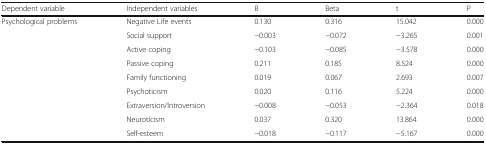
<table><thead><tr><td><b>Dependent variable</b></td><td><b>Independent variables</b></td><td><b>B</b></td><td><b>Beta</b></td><td><b>t</b></td><td><b>P</b></td></tr></thead><tbody><tr><td rowspan="9">Psychological problems</td><td>Negative Life events</td><td>0.130</td><td>0.316</td><td>15.042</td><td>0.000</td></tr><tr><td>Social support</td><td>−0.003</td><td>−0.072</td><td>−3.265</td><td>0.001</td></tr><tr><td>Active coping</td><td>−0.103</td><td>−0.085</td><td>−3.578</td><td>0.000</td></tr><tr><td>Passive coping</td><td>0.211</td><td>0.185</td><td>8.524</td><td>0.000</td></tr><tr><td>Family functioning</td><td>0.019</td><td>0.067</td><td>2.693</td><td>0.007</td></tr><tr><td>Psychoticism</td><td>0.020</td><td>0.116</td><td>5.224</td><td>0.000</td></tr><tr><td>Extraversion/Introversion</td><td>−0.008</td><td>−0.053</td><td>−2.364</td><td>0.018</td></tr><tr><td>Neuroticism</td><td>0.037</td><td>0.320</td><td>13.864</td><td>0.000</td></tr><tr><td>Self-esteem</td><td>−0.018</td><td>−0.117</td><td>−5.167</td><td>0.000</td></tr></tbody></table>